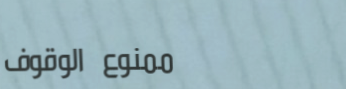
ممنوع الوقوف